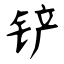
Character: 铲